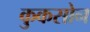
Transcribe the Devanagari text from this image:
कुकसोन